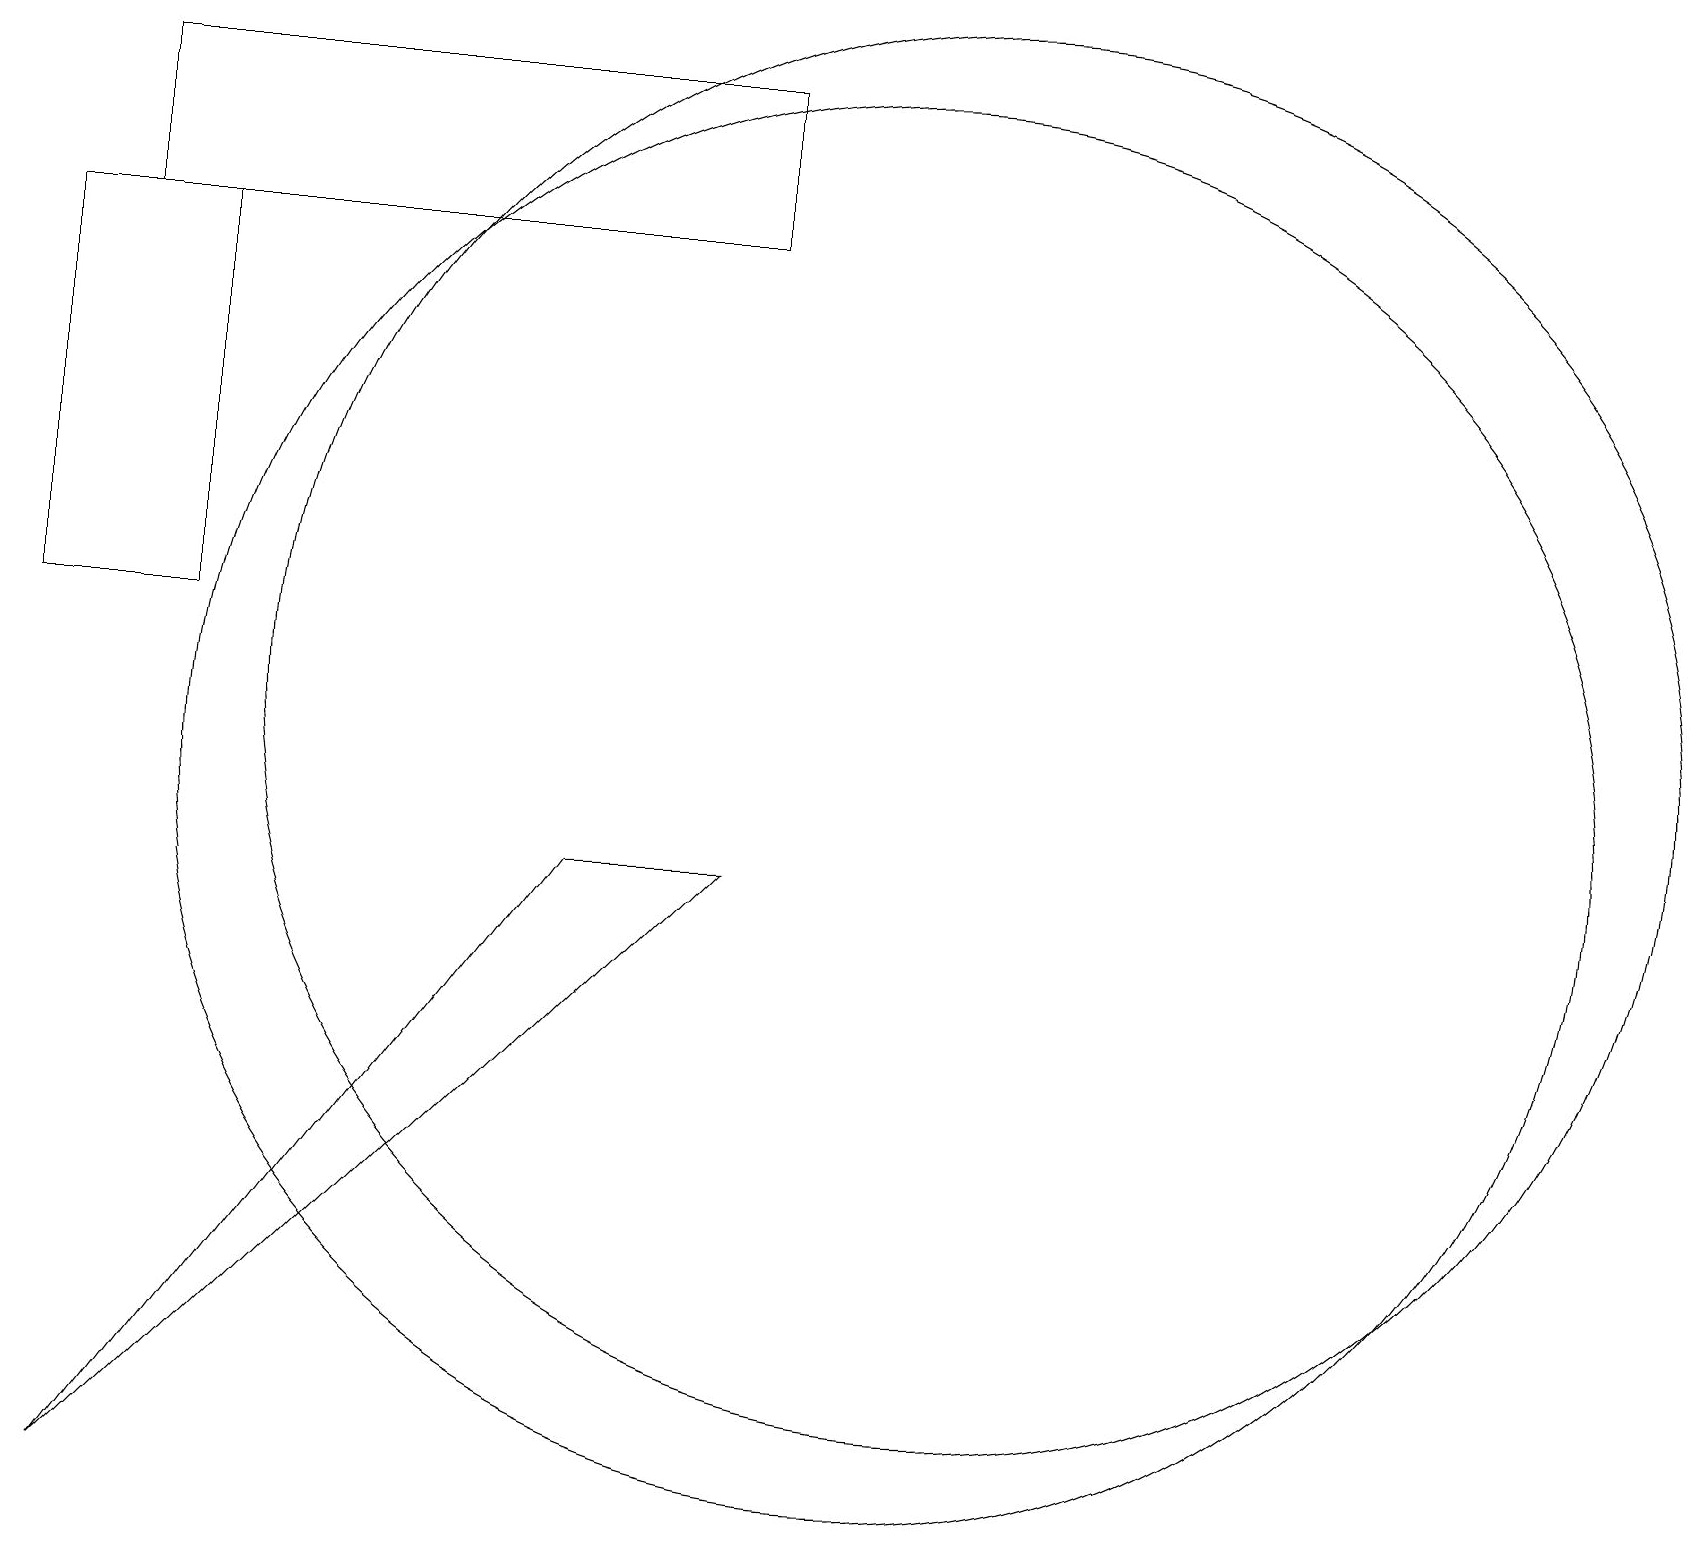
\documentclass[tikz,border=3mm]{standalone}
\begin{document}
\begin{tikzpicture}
\draw (7,9) -- (1,1) -- (9,9) -- cycle;
\draw (9,19) rectangle (1,17);
\draw (2,12) rectangle (0,17);
\draw (11,10) circle (9);
\draw (12,11) circle (9);
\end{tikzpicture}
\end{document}